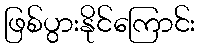
ဖြစ်ပွားနိုင်ကြောင်း